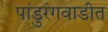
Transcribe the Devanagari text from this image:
पांडुरंगवाडीत